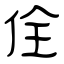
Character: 佺